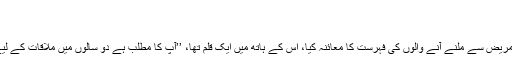
‘‘
’’دو سال قبل‘‘
’’دو سال قبل‘‘، نرس نے اس مریض سے ملنے آنے والوں کی فہرست کا معائنہ کیا، اس کے ہاتھ میں ایک قلم تھا، ’’آپ کا مطلب ہے دو سالوں میں ملاقات کے لیے آپ ایک بار بھی نہیں آئے؟